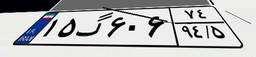
۱۵گ۶۰۶۷۴